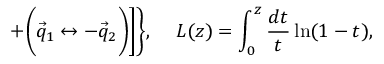
+ \Biggl ( \vec { q } _ { 1 } \leftrightarrow - \vec { q } _ { 2 } \Biggr ) \Biggr ] \Biggr \} , \, \ \ \ L ( z ) = \int _ { 0 } ^ { z } \frac { d t } { t } \ln ( 1 - t ) ,